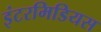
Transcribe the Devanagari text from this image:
इंटरमिडियस